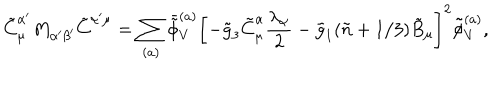
\tilde { C } _ { \mu } ^ { \alpha ^ { \prime } } M _ { \alpha ^ { \prime } \beta ^ { \prime } } \tilde { C } ^ { \alpha ^ { \prime } \mu } = \sum _ { ( a ) } \bar { \tilde { \phi } } _ { V } ^ { ( a ) } \left[ - \tilde { g } _ { 3 } \tilde { C } _ { \mu } ^ { \alpha } \frac { \lambda _ { \alpha } } { 2 } - \tilde { g } _ { 1 } ( \tilde { n } + 1 / 3 ) \tilde { B } _ { \mu } \right] ^ { 2 } \tilde { \phi } _ { V } ^ { ( a ) } ,